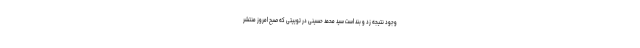
وجود نتیجه زد و بند است سید محمد حسینی در توییتی که صبح امروز منتشر